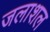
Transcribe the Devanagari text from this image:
जलाशल